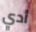
أدي